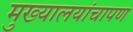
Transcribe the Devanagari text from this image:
मुख्यालयांचापण